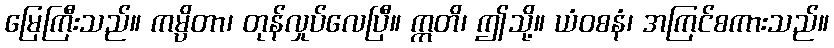
မြေကြီးသည်။ ကမ္ပိတာ၊ တုန်လှုပ်လေပြီ။ ဣတိ၊ ဤသို့။ ယံဝစနံ၊ အကြင်စကားသည်။